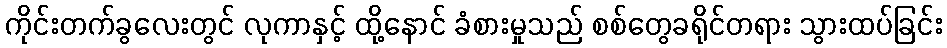
ကိုင်းတက်ခွလေးတွင် လုကာနှင့် ထို့နောင် ခံစားမှုသည် စစ်တွေခရိုင်တရား သွားထပ်ခြင်း